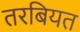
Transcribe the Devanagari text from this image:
तरबियत